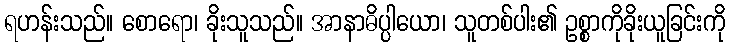
ရဟန်းသည်။ စောရော၊ ခိုးသူသည်။ အာနာဓိပ္ပါယော၊ သူတစ်ပါး၏ ဥစ္စာကိုခိုးယူခြင်းကို